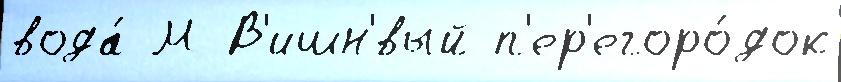
вода́ М В'ишн'́вый п'ер'егоро́док